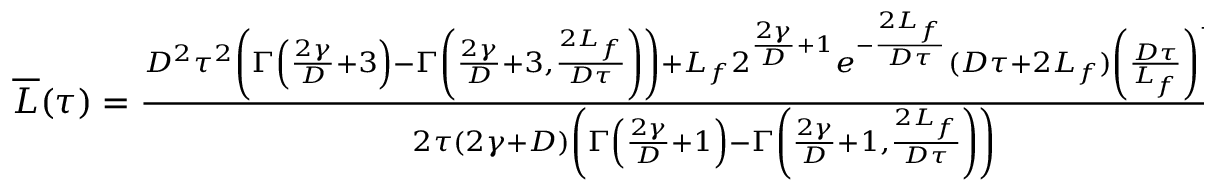
\begin{array} { r } { \overline { { L } } ( \tau ) = \frac { D ^ { 2 } \tau ^ { 2 } \left( \Gamma \left( \frac { 2 \gamma } { D } + 3 \right) - \Gamma \left( \frac { 2 \gamma } { D } + 3 , \frac { 2 L _ { f } } { D \tau } \right) \right) + L _ { f } 2 ^ { \frac { 2 \gamma } { D } + 1 } e ^ { - \frac { 2 L _ { f } } { D \tau } } ( D \tau + 2 L _ { f } ) \left( \frac { D \tau } { L _ { f } } \right) ^ { - \frac { 2 \gamma } { D } } } { 2 \tau ( 2 \gamma + D ) \left( \Gamma \left( \frac { 2 \gamma } { D } + 1 \right) - \Gamma \left( \frac { 2 \gamma } { D } + 1 , \frac { 2 L _ { f } } { D \tau } \right) \right) } } \end{array}